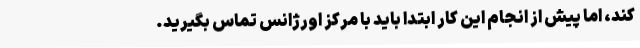
کند، اما پیش از انجام این کار ابتدا باید با مرکز اورژانس تماس بگیرید.